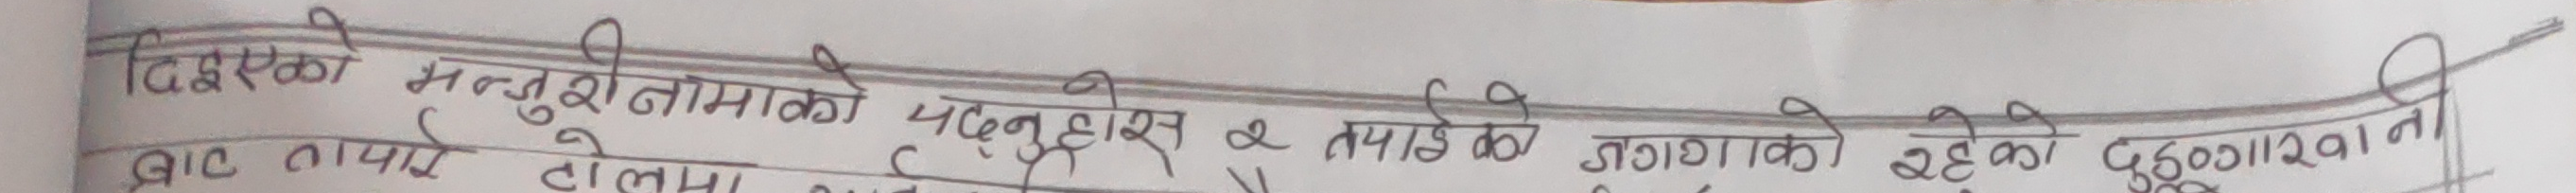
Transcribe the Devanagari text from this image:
दिइएको मन्जुरीमाको पढ्नु हस & तपाईंको जग्गाको रहेको दुःखलखानी